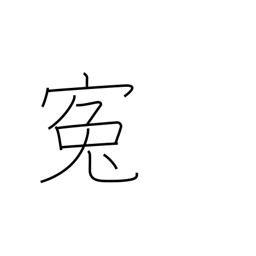
Meaning: grievance